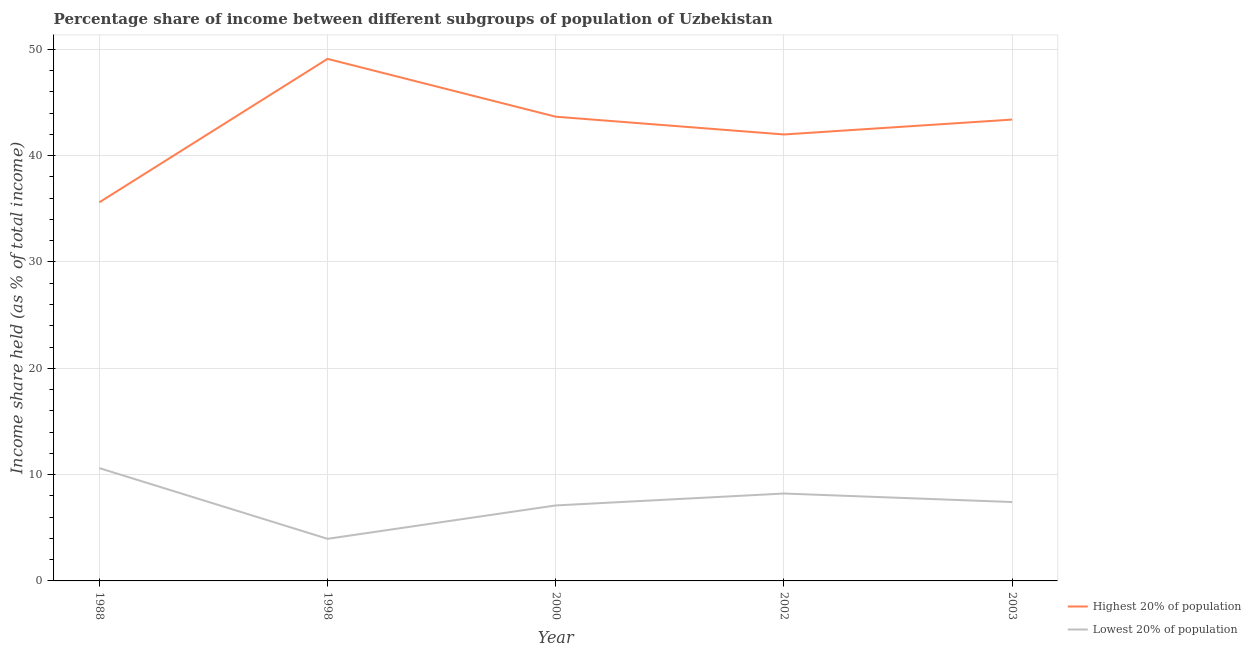
| Year | Highest 20% of population | Lowest 20% of population |
 | --- | --- | --- |
 | 1988 | 35.6 | 10.6 |
 | 1998 | 49.1 | 3.96 |
 | 2000 | 43.7 | 7.1 |
 | 2002 | 42 | 8.22 |
 | 2003 | 43.4 | 7.42 |